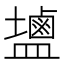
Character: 𪉩